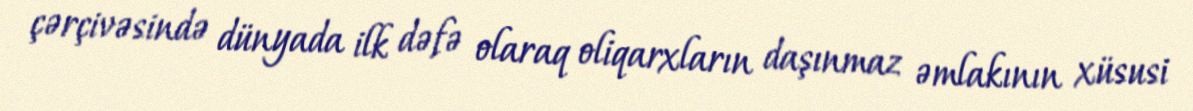
çərçivəsində dünyada ilk dəfə olaraq oliqarxların daşınmaz əmlakının xüsusi